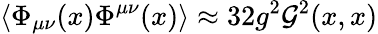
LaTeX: \left\langle\Phi_{\mu\nu}(x)\Phi^{\mu\nu}(x)\right\rangle\approx 32g^{2}{\cal G}^{2}(x,x)